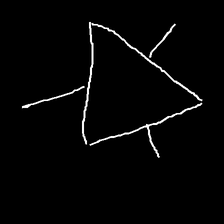
Glyph: fire